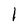
Character: 1